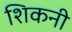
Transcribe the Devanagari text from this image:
शिकनी